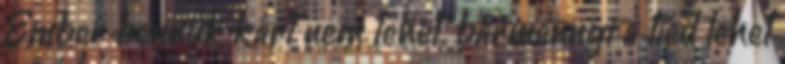
Ember bennük kárt nem tehet. bármennyi a tiéd lehet